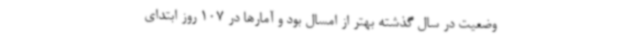
وضعیت در ‌سال گذشته بهتر از امسال بود و آمارها در 107 روز ابتدای‌